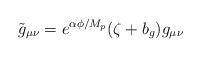
LaTeX: \begin{align*}\tilde{g}_{\mu\nu}=e^{\alpha\phi/M_{p}}(\zeta +b_{g})g_{\mu\nu}\end{align*}